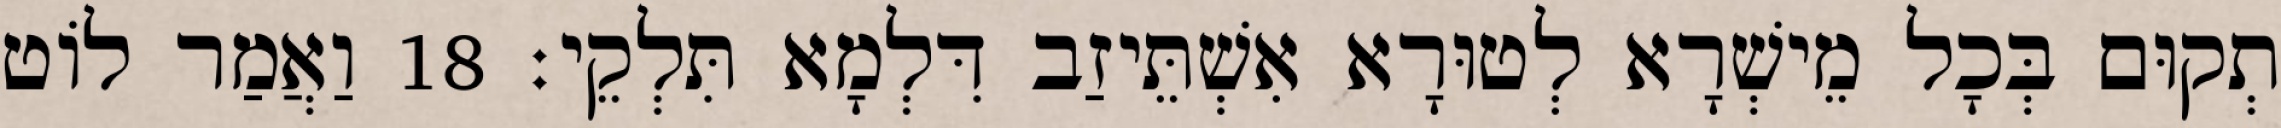
תְקוּם בְּכָל מֵישְׁרָא לְטוּרָא אִשְׁתֵּיזַב דִּלְמָא תִּלְקֵי׃ 18 וַאֲמַר לוֹט